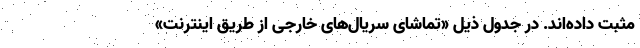
مثبت داده‌اند. در جدول ذیل «تماشای سریال‌های خارجی از طریق اینترنت»